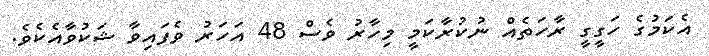
އެކަމުގެ ހަގީގީ ރާހަތެއް ނުކުރާކަމީ މިހާރު ވެސް 48 އަހަރު ވެފައިވާ ޝަކުވާއެކެވެ.